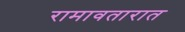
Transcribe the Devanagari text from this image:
रामावतारात